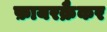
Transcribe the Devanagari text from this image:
फ़ायरक्रैकर